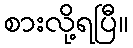
စားလို့ရပြီ။